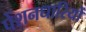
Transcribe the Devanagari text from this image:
पेंशनधारियों